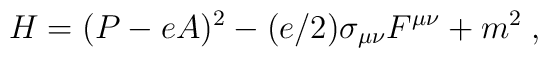
H=(P-eA)^2-(e/2)\sigma_{\mu\nu} F^{\mu\nu}+m^2\;,